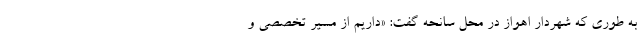
به طوری که شهردار اهواز در محل سانحه گفت: «داریم از مسیر تخصصی و